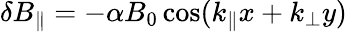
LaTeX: \delta B_{\parallel}=-\alpha B_{0}\cos(k_{\parallel}x+k_{\perp}y)